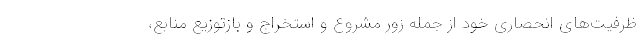
ظرفیت‌های انحصاری خود از جمله زور مشروع و استخراج و بازتوزیع منابع،